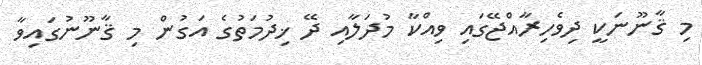
މި ޤާނޫނަކީ ދިވެހިރާއްޖޭގައި ވިއްކާ މުދަލާއި ދޭ ޚިދުމަތުގެ އަގުން މި ޤާނޫނުގައިވާ